Lunatic asylums Central Provinces reports 1895-1909 - 1895-1909
Year: 1895
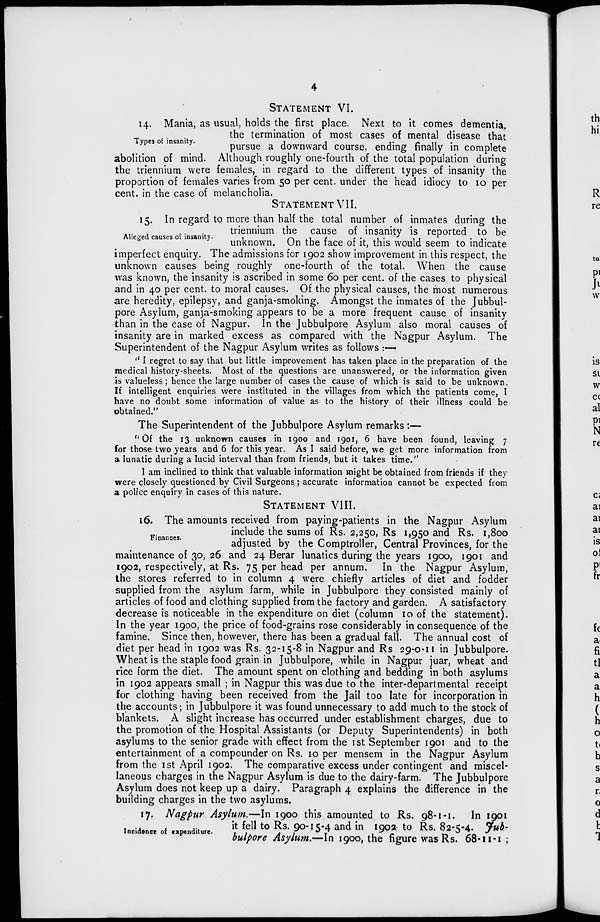
4
STATEMENT VI.
Types of insanity.
14. Mania, as usual, holds the first place. Next to it comes dementia,
the termination of most cases of mental disease that
pursue a downward course, ending finally in complete
abolition of mind. Although roughly one-fourth of the total population during
the triennium were females, in regard to the different types of insanity the
proportion of females varies from 50 per cent. under the head idiocy to 10 per
cent. in the case of melancholia.
STATEMENT VII.
Alleged causes of insanity.
15. In regard to more than half the total number of inmates during the
triennium the cause of insanity is reported to be
unknown. On the face of it, this would seem to indicate
imperfect enquiry. The admissions for 1902 show improvement in this respect, the
unknown causes being roughly one-fourth of the total. When the cause
was known, the insanity is ascribed in some 60 per cent. of the cases to physical
and in 40 per cent. to moral causes. Of the physical causes, the most numerous
are heredity, epilepsy, and ganja-smoking. Amongst the inmates of the Jubbul-
pore Asylum, ganja-smoking appears to be a more frequent cause of insanity
than in the case of Nagpur. In the Jubbulpore Asylum also moral causes of
insanity are in marked excess as compared with the Nagpur Asylum. The
Superintendent of the Nagpur Asylum writes as follows : —
" I regret to say that but little improvement has taken place in the preparation of the
medical history-sheets. Most of the questions are unanswered, or the information given
is valueless; hence the large number of cases the cause of which is said to be unknown.
If intelligent enquiries were instituted in the villages from which the patients come, I
have no doubt some information of value as to the history of their illness could be
obtained.''
The Superintendent of the Jubbulpore Asylum remarks :—
"Of the 13 unknown causes in 1900 and 1901, 6 have been found, leaving 7
for those two years and 6 for this year. As I said before, we get more information from
a lunatic during a lucid interval than from friends, but it takes time."
I am inclined to think that valuable information might be obtained from friends if they
were closely questioned by Civil Surgeons ; accurate information cannot be expected from
a police enquiry in cases of this nature.
STATEMENT VIII.
Finances.
16. The amounts received from paying-patients in the Nagpur Asylum
include the sums of Rs. 2,250, Rs 1,950 and Rs. 1,800
adjusted by the Comptroller, Central Provinces, for the
maintenance of 30, 26 and 24 Berar lunatics during the years 1900, 1901 and
1902, respectively, at Rs. 75 per head per annum. In the Nagpur Asylum,
the stores referred to in column 4 were chiefly articles of diet and fodder
supplied from the asylum farm, while in Jubbulpore they consisted mainly of
articles of food and clothing supplied from the factory and garden. A satisfactory
decrease is noticeable in the expenditure on diet (column 10 of the statement).
In the year 1900, the price of food-grains rose considerably in consequence of the
famine. Since then, however, there has been a gradual fall. The annual cost of
diet per head in 1902 was Rs. 32-15-8 in Nagpur and Rs 29-0-11 in Jubbulpore.
Wheat is the staple food grain in Jubbulpore, while in Nagpur juar, wheat and
rice form the diet. The amount spent on clothing and bedding in both asylums
in 1902 appears small ; in Nagpur this was due to the inter-departmental receipt
for clothing having been received from the Jail too late for incorporation in
the accounts; in Jubbulpore it was found unnecessary to add much to the stock of
blankets. A slight increase has occurred under establishment charges, due to
the promotion of the Hospital Assistants (or Deputy Superintendents) in both
asylums to the senior grade with effect from the 1st September 1901 and to the
entertainment of a compounder on Rs. 10 per mensem in the Nagpur Asylum
from the 1st April 1902. The comparative excess under contingent and miscel-
laneous charges in the Nagpur Asylum is due to the dairy-farm. The Jubbulpore
Asylum does not keep up a dairy. Paragraph 4 explains the difference in the
building charges in the two asylums.
Incidence of expenditure.
17. Nagpur Asylum.—In 1900 this amounted to Rs. 98-1-1. In 1901
it fell to Rs. 90-15-4 and in 1902 to Rs. 82-5-4. Jub-
bulpore Asylum.—In 1900, the figure was Rs. 68-11-1 ;